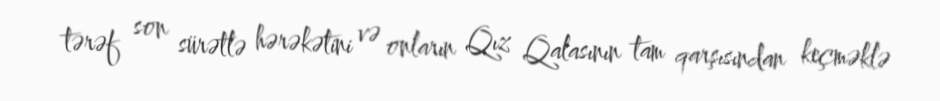
tərəf son sürətlə hərəkətini və onların Qız Qalasının tam qarşısından keçməklə